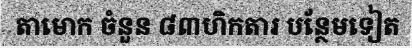
តាមោក ចំនួន ៨៣ហិកតារ បន្ថែមទៀត